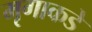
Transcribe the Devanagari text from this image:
मृगाकडे